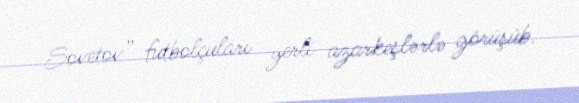
Sovetov” futbolçuları yerli azarkeşlərlə görüşüb.